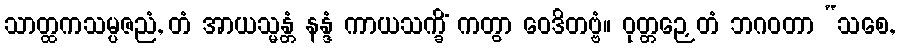
သာတ္ထကသမ္ပဇညံ, တံ အာယသ္မန္တံ နန္ဒံ ကာယသက္ခိံ ကတွာ ဝေဒိတဗ္ဗံ။ ဝုတ္တဉှေတံ ဘဂဝတာ “သစေ,